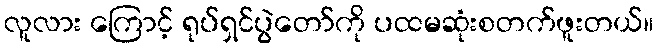
လူလား ကြောင့် ရုပ်ရှင်ပွဲတော်ကို ပထမဆုံးစတက်ဖူးတယ်။